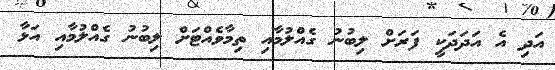
އަދި އެ އަދަދަކީ ފަރަށް ލިބުނު ގެއްލުމާއި ތިމާވެއްޓަށް ލިބުނު ގެއްލުމާއި އަޅާ